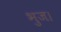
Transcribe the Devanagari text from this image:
भुज।